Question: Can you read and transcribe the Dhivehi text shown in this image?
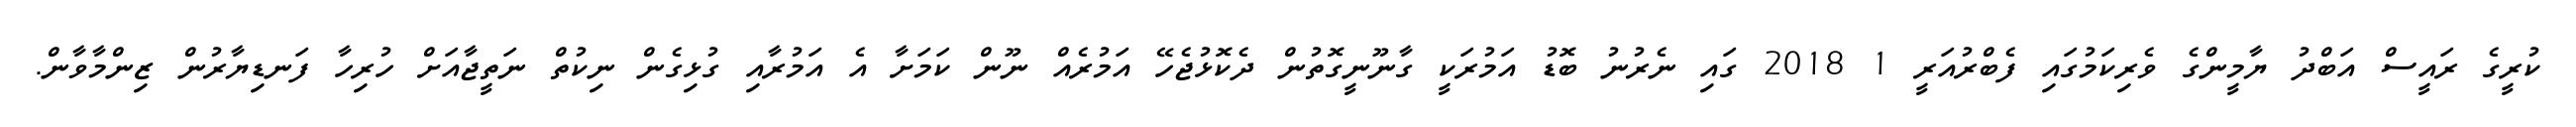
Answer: ކުރީގެ ރައީސް އަބްދު ޔާމީންގެ ވެރިކަމުގައި ފެބްރުއަރީ 1 2018 ގައި ނެރުނު ބޮޑު އަމުރަކީ ގާނޫނީގޮތުން ދެކޮޅުޖެހޭ އަމުރެއް ނޫން ކަމަށާ އެ އަމުރާއި ގުޅިގެން ނިކުތް ނަތީޖާއަށް ހުރިހާ ފަނޑިޔާރުން ޒިންމާވާން.